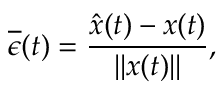
\overline { { \epsilon } } ( t ) = \frac { \hat { x } ( t ) - x ( t ) } { | | x ( t ) | | } ,